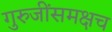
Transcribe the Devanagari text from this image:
गुरुजींसमक्षच